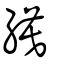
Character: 縸